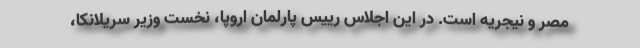
مصر و نیجریه است. در این اجلاس رییس پارلمان اروپا، نخست وزیر سریلانکا،